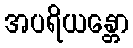
အပရိယန္တော